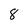
Character: 8